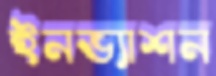
ইনভ্যাশন